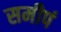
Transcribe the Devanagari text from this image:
समीपं